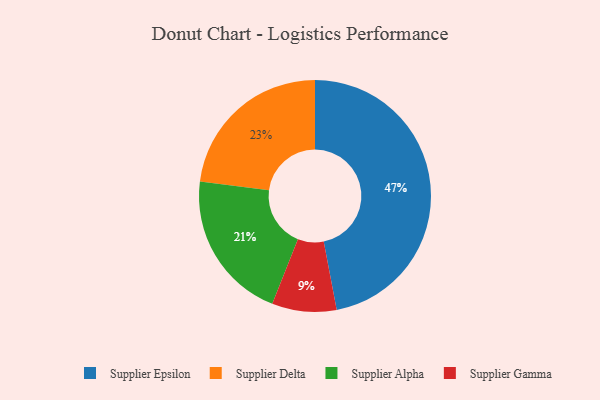
{"axis": {"x": "Category", "y": "Percentage"}, "legend": ["Supplier Alpha", "Supplier Delta", "Supplier Epsilon", "Supplier Gamma"], "data": [{"x": "Supplier Epsilon", "y": 47, "type": "Supplier Epsilon"}, {"x": "Supplier Delta", "y": 23, "type": "Supplier Delta"}, {"x": "Supplier Gamma", "y": 9, "type": "Supplier Gamma"}, {"x": "Supplier Alpha", "y": 21, "type": "Supplier Alpha"}]}